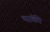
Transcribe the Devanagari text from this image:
थांकी